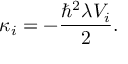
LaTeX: \kappa _ { i } = - \frac { \hbar ^ { 2 } \lambda V _ { i } } { 2 } .